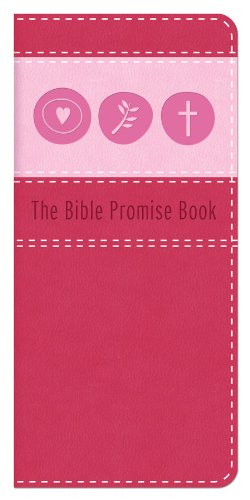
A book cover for THE BIBLE PROMISE BOOK [PINK]; Compiled by Barbour Staff; Christian Books & Bibles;